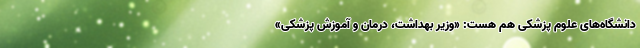
دانشگاه‌های علوم پزشکی هم هست: «وزیر بهداشت، درمان و آموزش پزشکی»